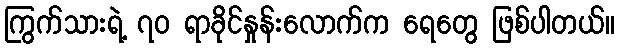
ကြွက်သားရဲ့ ၇၀ ရာခိုင်နှုန်းလောက်က ရေတွေ ဖြစ်ပါတယ်။